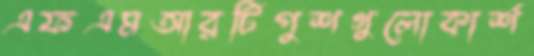
এফএমআরটিপুশগুলোকার্শ